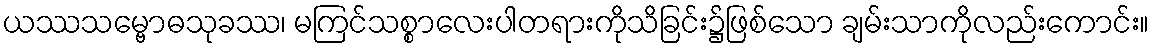
ယဿသမ္ဗောဓသုခဿ၊ မကြင်သစ္စာလေးပါတရားကိုသိခြင်း၌ဖြစ်သော ချမ်းသာကိုလည်းကောင်း။